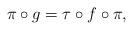
LaTeX: \begin{align*}\pi\circ g=\tau\circ f\circ \pi,\end{align*}